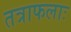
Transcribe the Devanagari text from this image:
तत्राफलाः